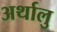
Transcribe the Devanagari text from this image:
अर्थालु